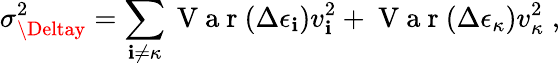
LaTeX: \sigma_{\Deltay}^{2}=\sum_{\mathbf{i}\neq\kappa}\mathrm{{~V~a~r~}}(\Delta\epsilon_{\mathbf{i}})v_{\mathbf{i}}^{2}+\mathrm{{~V~a~r~}}(\Delta\epsilon_{\kappa})v_{\kappa}^{2}\; ,